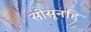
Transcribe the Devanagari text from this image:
सोसूनहि